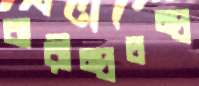
বারীন্দ্রচন্দ্র